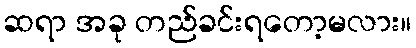
ဆရာ အခု တည်ခင်းရတော့မလား။